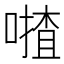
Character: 𠾵